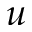
u